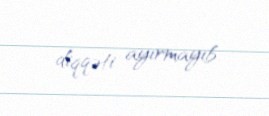
diqqəti ayırmayıb.